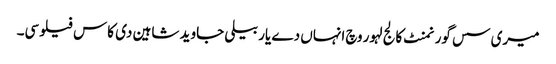
میری سس گورنمنٹ کالج لہور وچ انہاں دے یار بیلی جاوید شاہین دی کاس فیلوسی۔